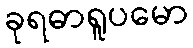
ခုရဓာရူပမော